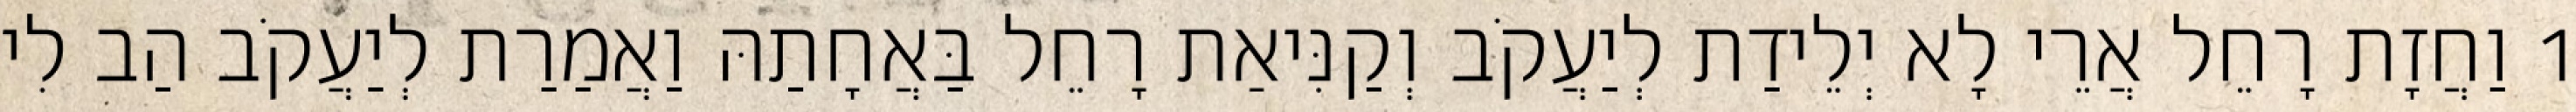
1 וַחֲזָת רָחֵל אֲרֵי לָא יְלֵידַת לְיַעֲקֹב וְקַנִּיאַת רָחֵל בַּאֲחָתַהּ וַאֲמַרַת לְיַעֲקֹב הַב לִי